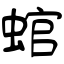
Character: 䗆